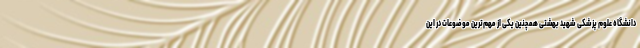
دانشگاه علوم پزشکی شهید بهشتی همچنین یکی از مهم‌ترین موضوعات در این